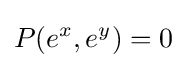
P(e^{x},e^{y})=0